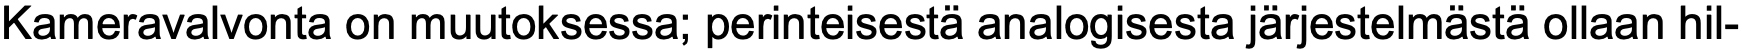
Kameravalvonta on muutoksessa; perinteisestä analogisesta järjestelmästä ollaan hil-